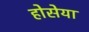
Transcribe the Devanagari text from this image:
होसेया